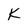
Character: K